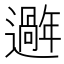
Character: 𫑑